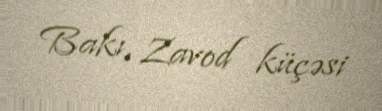
Bakı, Zavod küçəsi